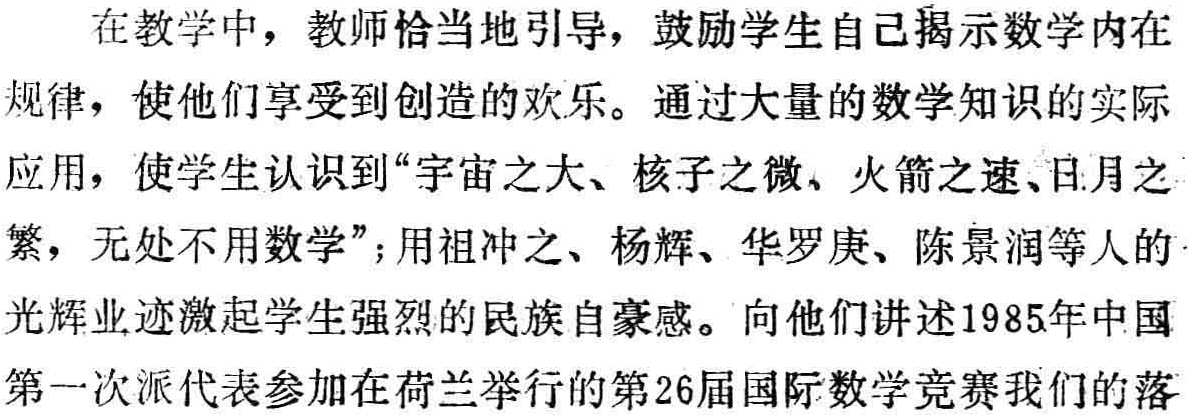
在教学中，教师恰当地引导，鼓励学生自己揭示数学内在
规律，使他们享受到创造的欢乐。通过大量的数学知识的实际
应用，使学生认识到“宇宙之大、核子之微、火箭之速、日月之
繁，无处不用数学”；用祖冲之、杨辉、华罗庚、陈景润等人的
光辉业绩激起学生强烈的民族自豪感。向他们讲述1985年中国
第一次派代表参加在荷兰举行的第26届国际数学竞赛我们的落